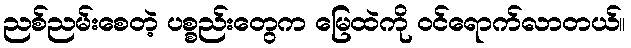
ညစ်ညမ်းစေတဲ့ ပစ္စည်းတွေက မြေထဲကို ဝင်ရောက်လာတယ်။